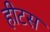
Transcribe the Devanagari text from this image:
हीटस